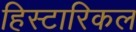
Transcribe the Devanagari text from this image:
हिस्टारिकल